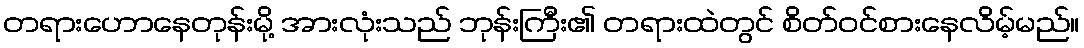
တရားဟောနေတုန်းမို့ အားလုံးသည် ဘုန်းကြီး၏ တရားထဲတွင် စိတ်ဝင်စားနေလိမ့်မည်။